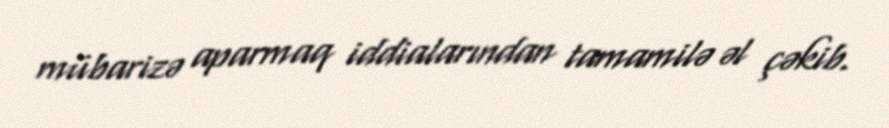
mübarizə aparmaq iddialarından tamamilə əl çəkib.